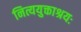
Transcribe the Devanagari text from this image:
नित्ययुक्ताश्रयः